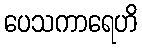
ပေသကာရေဟိ